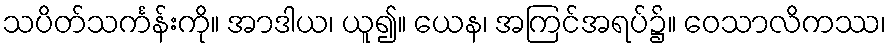
သပိတ်သင်္ကန်းကို။ အာဒါယ၊ ယူ၍။ ယေန၊ အကြင်အရပ်၌။ ဝေသာလိကဿ၊